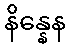
နိန္နေန